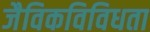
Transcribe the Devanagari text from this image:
जैविकविविधता